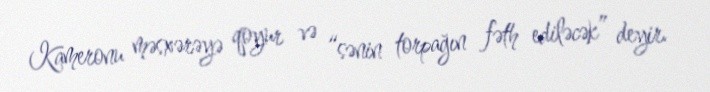
Kameronu məsxərəyə qoyur və “sənin torpağın fəth ediləcək” deyir.